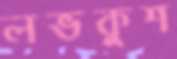
লভকুশ